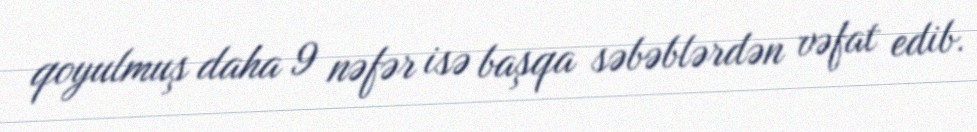
qoyulmuş daha 9 nəfər isə başqa səbəblərdən vəfat edib.